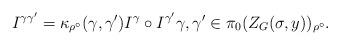
LaTeX: \begin{align*}I^{\gamma \gamma'} = \kappa_{\rho^\circ}(\gamma,\gamma') I^\gamma \circ I^{\gamma'} \gamma,\gamma' \in \pi_0 (Z_G (\sigma,y))_{\rho^\circ}.\end{align*}